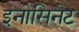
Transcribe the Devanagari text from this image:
इनोसिनेट